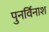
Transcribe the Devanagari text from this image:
पुनर्विनाश